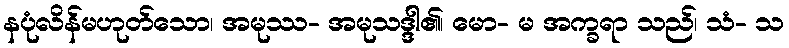
နပုံလိန်မဟုတ်သော၊ အမုဿ- အမုသဒ္ဒါ၏၊ မော- မ အက္ခရာ သည်၊ သံ- သ